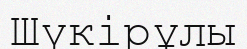
Шүкірұлы